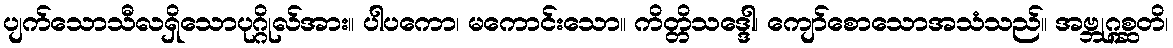
ပျက်သောသီလရှိသောပုဂ္ဂိုလ်အား။ ပါပကော၊ မကောင်းသော။ ကိတ္တိသဒ္ဒေါ၊ ကျော်စောသောအသံသည်။ အဗ္ဘုဂ္ဂစ္ဆတိ၊